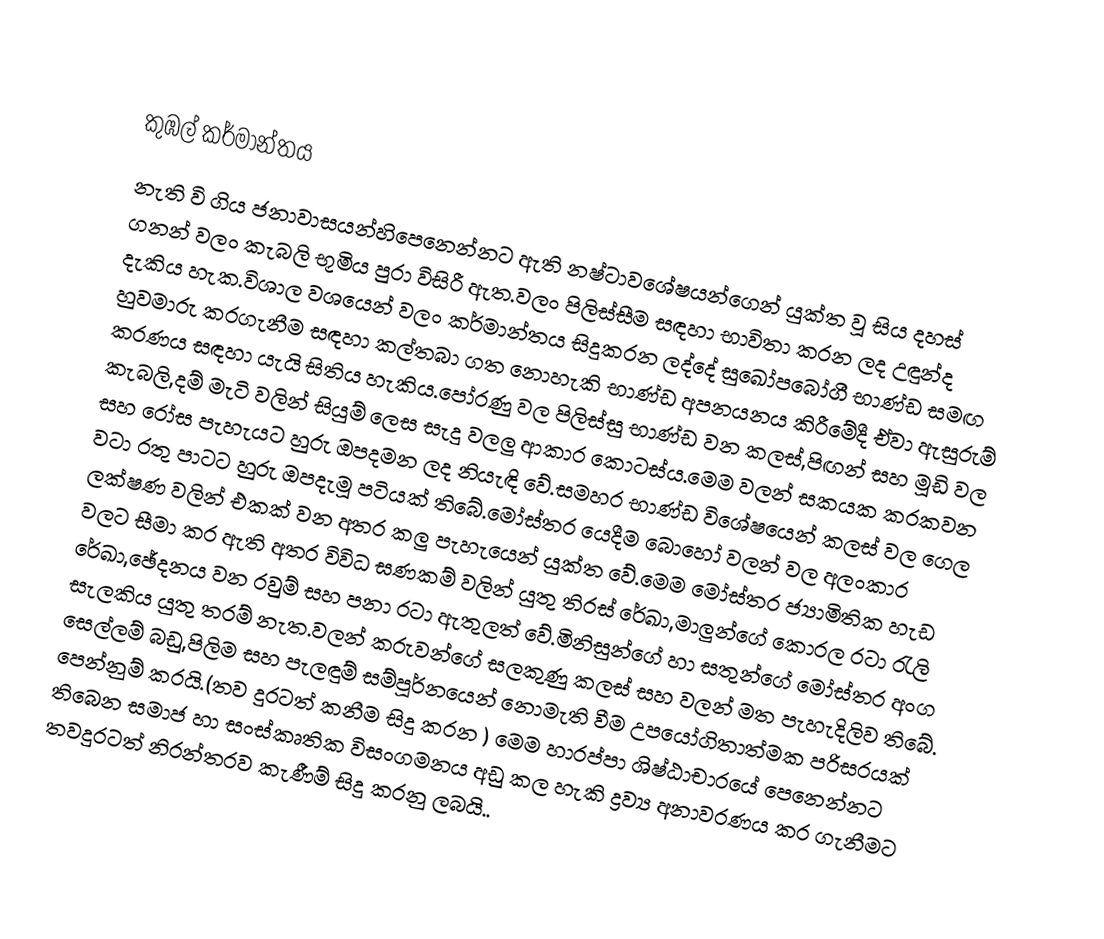

කුඹල් කර්මාන්තය
නැති වි ගිය ජනාවාසයන්හිපෙනෙන්නට ඇති නෂ්ටාවශේෂයන්ගෙන් යුක්ත වූ සිය දහස් ගනන් වලං කැබලි භූමිය පුරා විසිරී ඇත.වලං පිලිස්සීම සඳහා භාවිතා කරන ලද උඳුන්ද දැකිය හැක.විශාල වශයෙන් වලං කර්මාන්තය සිදුකරන ලද්දේ සුඛෝපබෝගී භාණ්ඩ සමඟ හුවමාරු කරගැනීම සඳහා කල්තබා ගත නොහැකි භාණ්ඩ අපනයනය කිරීමේදී ඒවා ඇසුරුම් කරණය සඳහා යැයි සිතිය හැකිය.පෝරණු වල පිලිස්සු භාණ්ඩ වන කලස්,පිඟන් සහ මූඩි වල කැබලි,දම් මැටි වලින් සියුම් ලෙස සැදු වලලු ආකාර කොටස්ය.මෙම වලන් සකයක කරකවන සහ රෝස පැහැයට හුරු ඔපදමන ලද නියැඳි වේ.සමහර භාණ්ඩ විශේෂයෙන් කලස් වල ගෙල වටා රතු පාටට හුරු ඔපදැමූ පටියක් තිබේ.මෝස්තර යෙදීම බොහෝ වලන් වල අලංකාර ලක්ෂණ වලින් එකක් වන අතර කලු පැහැයෙන් යුක්ත  වේ.මෙම මෝස්තර ජ්‍යාමිතික හැඩ වලට සීමා කර ඇති අතර විවිධ ඝණකම් වලින් යුතු තිරස් රේඛා,මාලුන්ගේ කොරල රටා රැලි රේඛා,ඡේදනය වන රවුම් සහ පනා රටා ඇතුලත් වේ.මිනිසුන්ගේ හා සතුන්ගේ මෝස්තර අංග සැලකිය යුතු තරම් නැත.වලන් කරුවන්ගේ සලකුණු කලස් සහ වලන් මත පැහැදිලිව තිබේ. සෙල්ලම් බඩු,පිලිම සහ පැලඳුම් සම්පූර්නයෙන් නොමැති වීම උපයෝගිතාත්මක පරිසරයක් පෙන්නුම් කරයි.(තව දුරටත් කනීම සිදු කරන ) මෙම හාරප්පා ශිෂ්ඨාචාරයේ පෙනෙන්නට තිබෙන සමාජ හා සංස්කෘතික විසංගමනය අඩු කල හැකි ද්‍රව්‍ය අනාවරණය කර ගැනීමට තවදුරටත් නිරන්තරව කැණීම් සිදු කරනු ලබයි..